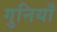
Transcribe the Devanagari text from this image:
गुनियाँ